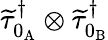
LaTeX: \widetilde{\tau}_{0_{\mathrm{A}}}^{\dagger}\otimes\widetilde{\tau}_{0_{\mathrm{B}}}^{\dagger}